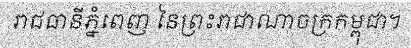
រាជធានីភ្នំពេញ នៃព្រះរាជាណាចក្រកម្ពុជា។